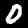
Digit: 0